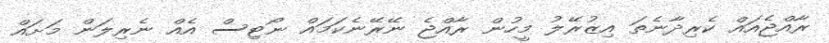
ރާއްޖެއައް ކެރިދާނެތަ އިޒުރޭލު މީހުން ރާއްޖެ ނޭރޭނެކަމައް ނޯޓިސް އެއް ނެރިލަން މަށައް